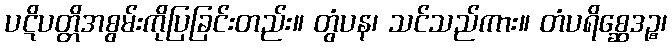
ပဋိပတ္တိအစွမ်းကိုပြခြင်းတည်း။ တွံပန၊ သင်သည်ကား။ တံပရိစ္ဆေဒဉ္စ၊